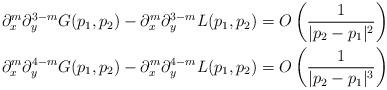
LaTeX: \begin{align*}\partial_x^m \partial_y^{3-m} G(p_1,p_2) - \partial_x^m \partial_y^{3-m} L(p_1,p_2) = O \left(\frac{1}{|p_2 - p_1|^2} \right)\\\partial_x^m \partial_y^{4-m} G(p_1,p_2) - \partial_x^m \partial_y^{4-m} L(p_1,p_2) = O \left(\frac{1}{|p_2 - p_1|^3} \right)\end{align*}